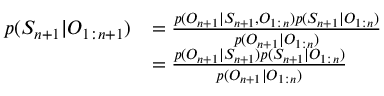
\begin{array} { r l } { p ( S _ { n + 1 } | O _ { 1 : n + 1 } ) } & { = \frac { p ( O _ { n + 1 } | S _ { n + 1 } , O _ { 1 : n } ) p ( S _ { n + 1 } | O _ { 1 : n } ) } { p ( O _ { n + 1 } | O _ { 1 : n } ) } } \\ & { = \frac { p ( O _ { n + 1 } | S _ { n + 1 } ) p ( S _ { n + 1 } | O _ { 1 : n } ) } { p ( O _ { n + 1 } | O _ { 1 : n } ) } } \end{array}